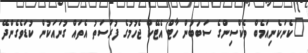
"ކެނަކެނިއަމެބް ވެކްސިންގެ ސަބަބުން ހާޓް އެޓޭކް ޖެހުމުގެ ފުރުސަތު އެތައް ގުނައަކުން ކުޑަވެގެންދޭ